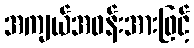
အကျယ်အဝန်းအားဖြင့်